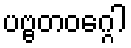
ပဗ္ဗတဝဂ္ဂေါ